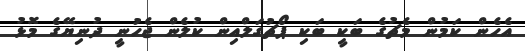
އެހެން ކަމުން މެޗުގެ ބަކީ ބަކި ޕޯޗުގަލްއިން ކުލެން ޖެހުނީ ދުނިޔޭގެ މޮޅު